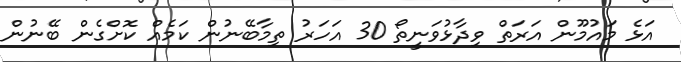
އަޅެ މައުމޫން އަރަތް ވިދާޅުވަނީތޯ 30 އަހަރު ތިމާބޭނުން ކަމެއް ކޮށްގެން ބޭނުން